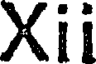
Xii